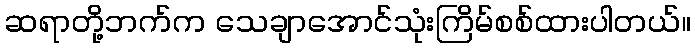
ဆရာတို့ဘက်က သေချာအောင်သုံးကြိမ်စစ်ထားပါတယ်။